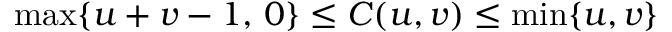
\operatorname* { m a x } \{ u + v - 1 , \, 0 \} \leq C ( u , v ) \leq \operatorname* { m i n } \{ u , v \}